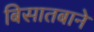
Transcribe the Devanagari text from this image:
बिसातबाने